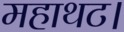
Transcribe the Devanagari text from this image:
महाथट।